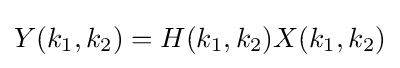
Y(k_{1},k_{2})=H(k_{1},k_{2})X(k_{1},k_{2})